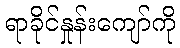
ရာခိုင်နှုန်းကျော်ကို